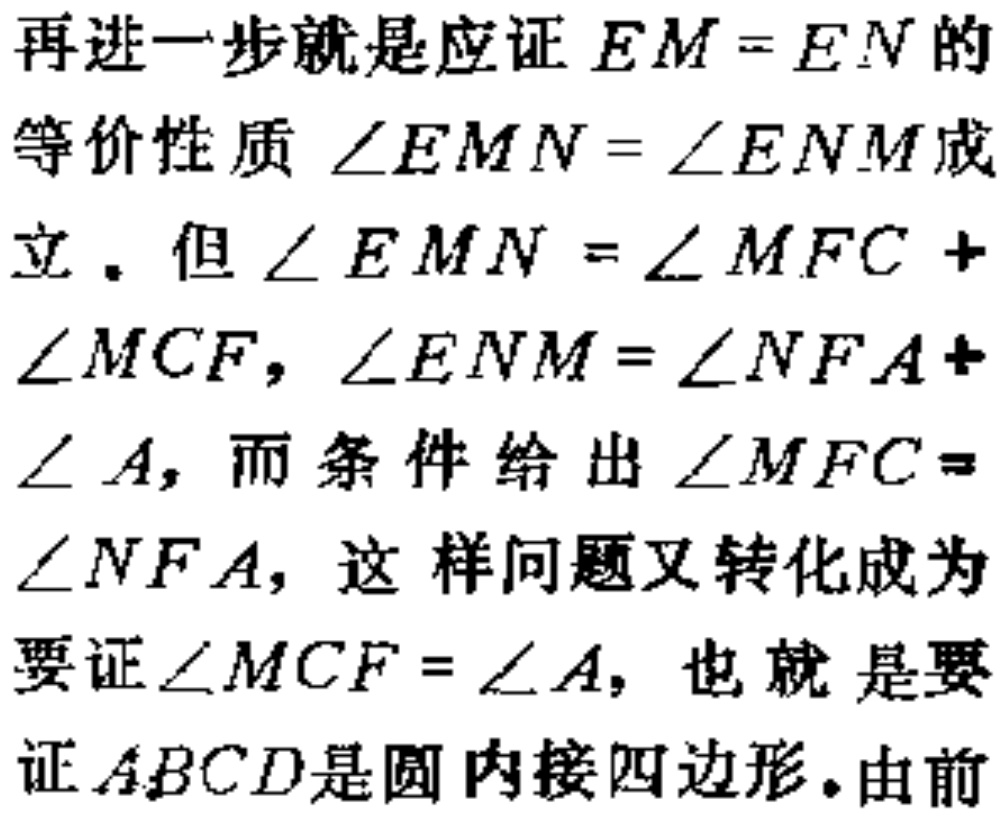
再进一步就是应证 \(EM = EN\) 的
等价性质 \(\angle EMN=\angle ENM\) 成
立。但 \(\angle EMN = \angle MFC +\)
\(\angle MCF\)，\(\angle ENM=\angle NFA+\)
\(\angle A\)，而条件给出 \(\angle MFC =\)
\(\angle NFA\)，这样问题又转化成为
要证 \(\angle MCF=\angle A\)，也就是要
证 \(ABCD\) 是圆内接四边形。由前